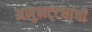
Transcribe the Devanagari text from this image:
अणुभट्ट्यांची